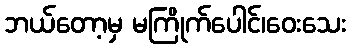
ဘယ်တော့မှ မကြိုက်ပေါင်၊ဝေးသေး